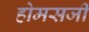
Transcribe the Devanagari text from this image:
होमसजी